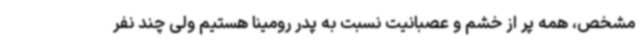
مشخص، همه پر از خشم و عصبانیت نسبت به پدر رومینا هستیم ولی چند نفر